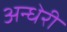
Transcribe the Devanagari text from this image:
अन्धेरी